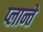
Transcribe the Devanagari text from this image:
प्लान्ते